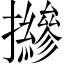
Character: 𢹨